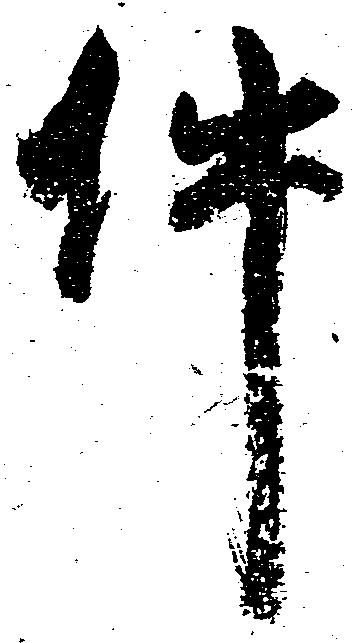
件